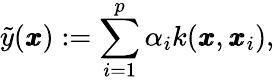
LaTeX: \tilde{y}(\pmb{x}):=\sum_{i=1}^{p}\alpha_{i}k(\pmb{x},\pmb{x}_{i}),